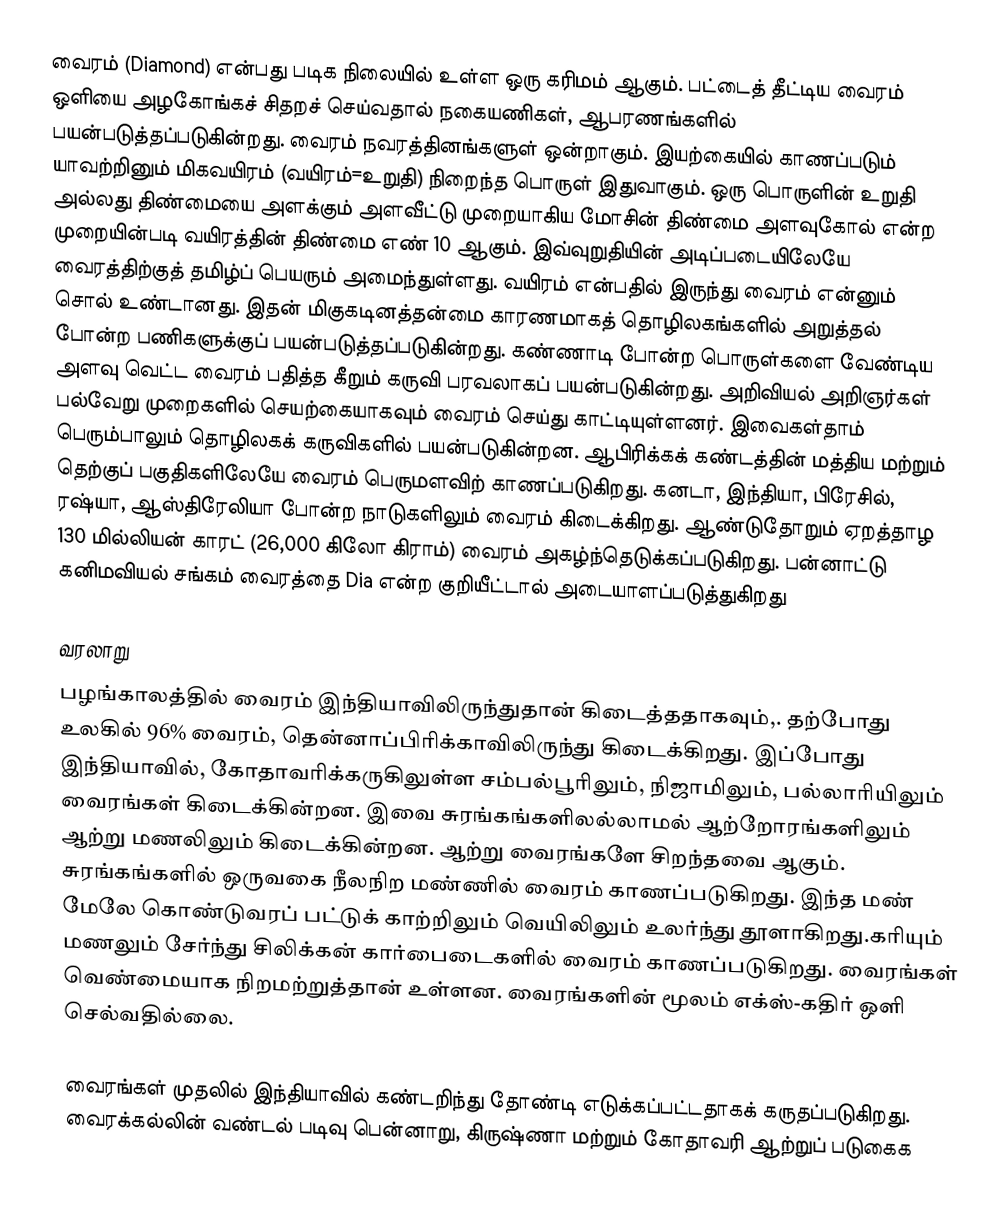
வைரம் (Diamond) என்பது படிக நிலையில் உள்ள ஒரு கரிமம் ஆகும். பட்டைத் தீட்டிய வைரம் ஒளியை அழகோங்கச் சிதறச் செய்வதால் நகையணிகள், ஆபரணங்களில் பயன்படுத்தப்படுகின்றது. வைரம் நவரத்தினங்களுள் ஒன்றாகும். இயற்கையில் காணப்படும் யாவற்றினும் மிகவயிரம் (வயிரம்=உறுதி) நிறைந்த பொருள் இதுவாகும். ஒரு பொருளின் உறுதி அல்லது திண்மையை அளக்கும் அளவீட்டு முறையாகிய  மோசின் திண்மை அளவுகோல் என்ற முறையின்படி வயிரத்தின் திண்மை எண் 10 ஆகும். இவ்வுறுதியின் அடிப்படையிலேயே வைரத்திற்குத் தமிழ்ப் பெயரும் அமைந்துள்ளது. வயிரம் என்பதில் இருந்து வைரம் என்னும் சொல் உண்டானது. இதன் மிகுகடினத்தன்மை காரணமாகத் தொழிலகங்களில் அறுத்தல் போன்ற பணிகளுக்குப் பயன்படுத்தப்படுகின்றது. கண்ணாடி போன்ற பொருள்களை வேண்டிய அளவு வெட்ட வைரம் பதித்த கீறும் கருவி பரவலாகப் பயன்படுகின்றது. அறிவியல் அறிஞர்கள் பல்வேறு முறைகளில் செயற்கையாகவும் வைரம் செய்து காட்டியுள்ளனர். இவைகள்தாம் பெரும்பாலும் தொழிலகக் கருவிகளில் பயன்படுகின்றன. ஆபிரிக்கக் கண்டத்தின் மத்திய மற்றும் தெற்குப் பகுதிகளிலேயே வைரம் பெருமளவிற் காணப்படுகிறது. கனடா, இந்தியா, பிரேசில், ரஷ்யா, ஆஸ்திரேலியா போன்ற நாடுகளிலும் வைரம் கிடைக்கிறது. ஆண்டுதோறும் ஏறத்தாழ 130 மில்லியன் காரட் (26,000 கிலோ கிராம்) வைரம் அகழ்ந்தெடுக்கப்படுகிறது. பன்னாட்டு கனிமவியல் சங்கம் வைரத்தை Dia என்ற குறியீட்டால் அடையாளப்படுத்துகிறது

வரலாறு
பழங்காலத்தில் வைரம் இந்தியாவிலிருந்துதான் கிடைத்ததாகவும்,. தற்போது உலகில் 96% வைரம், தென்னாப்பிரிக்காவிலிருந்து கிடைக்கிறது. இப்போது இந்தியாவில், கோதாவரிக்கருகிலுள்ள சம்பல்பூரிலும், நிஜாமிலும், பல்லாரியிலும் வைரங்கள் கிடைக்கின்றன. இவை சுரங்கங்களிலல்லாமல் ஆற்றோரங்களிலும் ஆற்று மணலிலும் கிடைக்கின்றன. ஆற்று வைரங்களே சிறந்தவை ஆகும். சுரங்கங்களில் ஒருவகை நீலநிற மண்ணில் வைரம் காணப்படுகிறது. இந்த மண் மேலே கொண்டுவரப் பட்டுக் காற்றிலும் வெயிலிலும் உலர்ந்து தூளாகிறது.கரியும் மணலும் சேர்ந்து சிலிக்கன் கார்பைடைகளில் வைரம் காணப்படுகிறது. வைரங்கள் வெண்மையாக நிறமற்றுத்தான் உள்ளன. வைரங்களின் மூலம் எக்ஸ்-கதிர் ஒளி செல்வதில்லை.

வைரங்கள் முதலில் இந்தியாவில் கண்டறிந்து தோண்டி எடுக்கப்பட்டதாகக் கருதப்படுகிறது. வைரக்கல்லின் வண்டல் படிவு  பென்னாறு, கிருஷ்ணா மற்றும் கோதாவரி ஆற்றுப் படுகைக